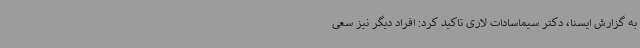
به گزارش ایسنا، دکتر سیماسادات لاری تاکید کرد: افراد دیگر نیز سعی